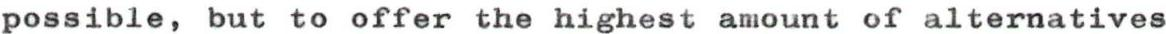
possible, but to offer the highest amount of alternatives